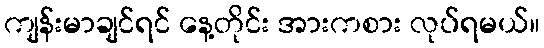
ကျန်းမာချင်ရင် နေ့တိုင်း အားကစား လုပ်ရမယ်။